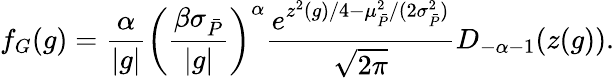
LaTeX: f_{G}(g)=\frac{\alpha}{|g|}\left(\frac{\beta\sigma_{\bar{P}}}{|g|}\right)^{\alpha}\frac{e^{z^{2}(g)/4-\mu_{\bar{P}}^{2}/(2\sigma_{\bar{P}}^{2})}}{\sqrt{2\pi}}D_{-\alpha-1}(z(g)).